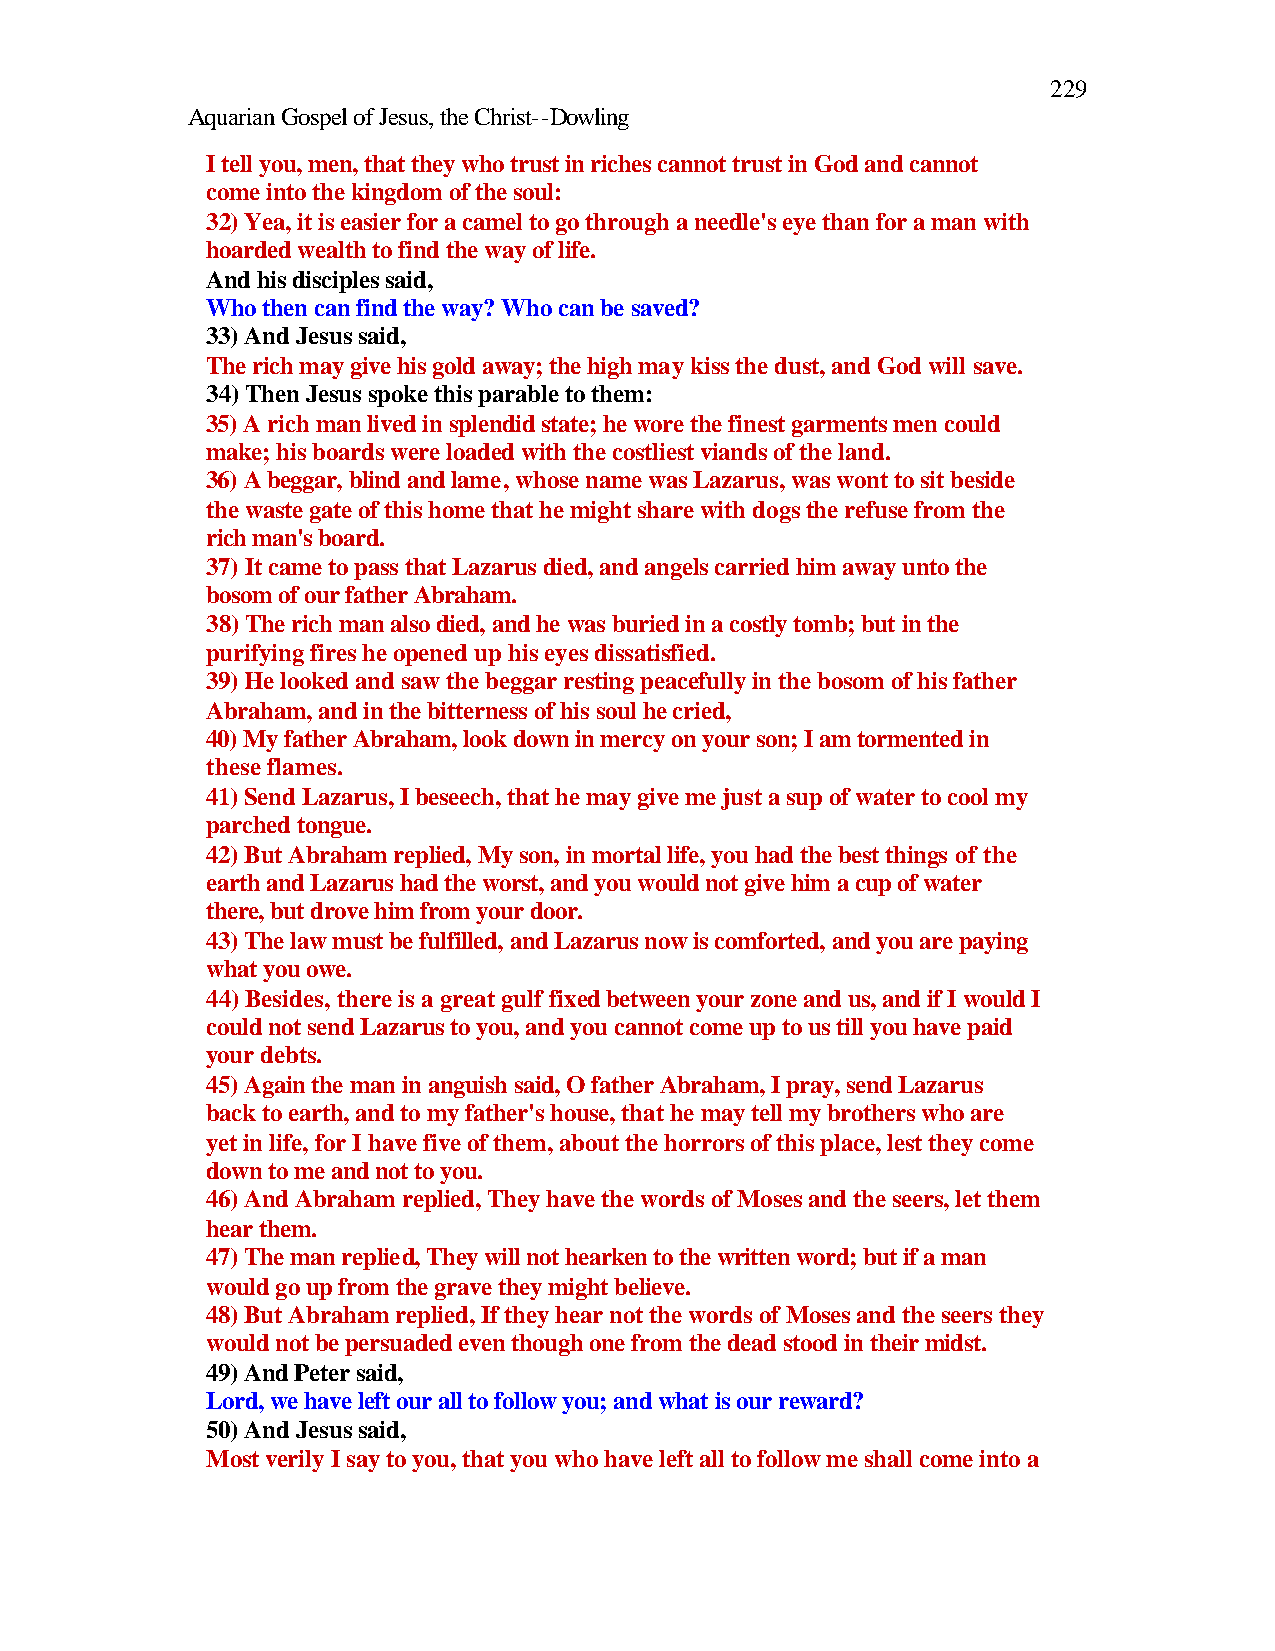
229
 Aquarian Gospel of Jesus, the Christ--Dowling
 I tell you, men, that they who trust in riches cannot trust in God and cannot
 come into the kingdom of the soul:
 32) Yea, it is easier for a camel to go through a needle's eye than for a man with
 hoarded wealth to find the way of life.
 And his disciples said,
 Who then can find the way? Who can be saved?
 33) And Jesus said,
 The rich may give his gold away; the high may kiss the dust, and God will save.
 34) Then Jesus spoke this parable to them:
 35) A rich man lived in splendid state; he wore the finest garments men could
 make; his boards were loaded with the costliest viands of the land.
 36) A beggar, blind and lame, whose name was Lazarus, was wont to sit beside
 the waste gate of this home that he might share with dogs the refuse from the
 rich man's board.
 37) It came to pass that Lazarus died, and angels carried him away unto the
 bosom of our father Abraham.
 38) The rich man also died, and he was buried in a costly tomb; but in the
 purifying fires he opened up his eyes dissatisfied.
 39) He looked and saw the beggar resting peacefully in the bosom of his father
 Abraham, and in the bitterness of his soul he cried,
 40) My father Abraham, look down in mercy on your son; I am tormented in
 these flames.
 41) Send Lazarus, I beseech, that he may give me just a sup of water to cool my
 parched tongue.
 42) But Abraham replied, My son, in mortal life, you had the best things of the
 earth and Lazarus had the worst, and you would not give him a cup of water
 there, but drove him from your door.
 43) The law must be fulfilled, and Lazarus now is comforted, and you are paying
 what you owe.
 44) Besides, there is a great gulf fixed between your zone and us, and if I would I
 could not send Lazarus to you, and you cannot come up to us till you have paid
 your debts.
 45) Again the man in anguish said, O father Abraham, I pray, send Lazarus
 back to earth, and to my father's house, that he may tell my brothers who are
 yet in life, for I have five of them, about the horrors of this place, lest they come
 down to me and not to you.
 46) And Abraham replied, They have the words of Moses and the seers, let them
 hear them.
 47) The man replied, They will not hearken to the written word; but if a man
 would go up from the grave they might believe.
 48) But Abraham replied, If they hear not the words of Moses and the seers they
 would not be persuaded even though one from the dead stood in their midst.
 49) And Peter said,
 Lord, we have left our all to follow you; and what is our reward?
 50) And Jesus said,
 Most verily I say to you, that you who have left all to follow me shall come into a